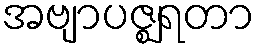
အဗျာပဇ္ဈရတာ